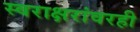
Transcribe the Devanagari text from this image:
स्वराक्षरांवरही